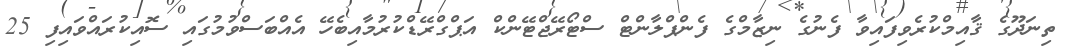
ތިނަދޫގެ ޤާއިމްކުރެވިފައިވާ ފެނުގެ ނިޒާމްގެ ފެންޕްލާންޓް ސްޓޯރޭޖްޓޭންކް އަޕްގްރޭޑްކުރުމާއިބެހޭ އެއްބަސްވުމުގައި ސޮއިކުރައްވައިފި 25